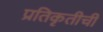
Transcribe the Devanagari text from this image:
प्रतिकृतीची